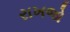
રાખજો